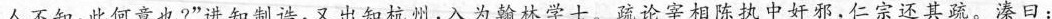
人不知，此何意也?”进知制诰，又出知杭州，入为翰林学士。疏论宰相陈执中奸邪，仁宗还其疏。溱日：